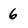
Character: 6